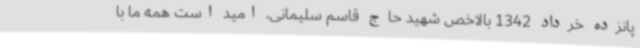
پانزده خرداد 1342 بالاخص شهید حاج قاسم سلیمانی، امید است همه ما با